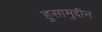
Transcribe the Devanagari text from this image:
हुसामुद्दीन